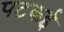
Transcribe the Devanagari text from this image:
पटकई